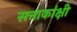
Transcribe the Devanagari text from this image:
सत्ताकांक्षी